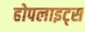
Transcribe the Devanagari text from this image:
होपलाइट्स